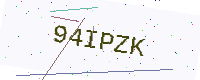
Text: 94IPZK